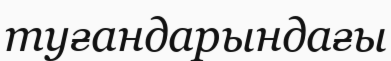
туғандарындағы